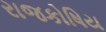
રાજકોષિય